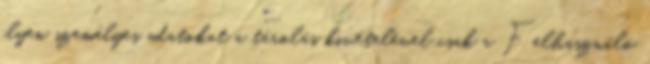
ilyen személyes adatokat a tárolás kivételével csak a Felhasználó